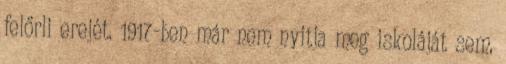
felőrli erejét. 1917-ben már nem nyitja meg iskoláját sem,